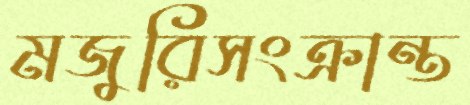
মজুরিসংক্রান্ত